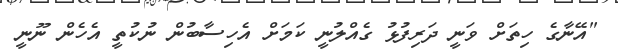
"އޭނާގެ ހިތަށް ވަނީ ދަރިފުޅު ގެއްލުނީ ކަމަށް އެހިސާބުން ނުކުތީ އެހެން ނޫނީ